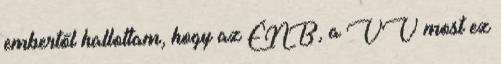
embertől hallottam, hogy az ÉNB, a VV most ez